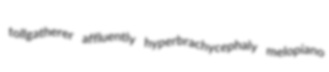
tollgatherer affluently hyperbrachycephaly melopiano